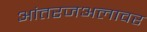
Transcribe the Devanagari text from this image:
आंतरजअलावर